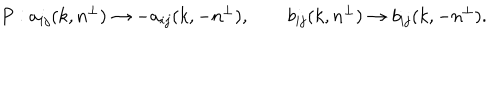
P : a _ { i j } ( k , n ^ { \perp } ) \rightarrow - a _ { i j } ( k , - n ^ { \perp } ) , \qquad b _ { i j } ( k , n ^ { \perp } ) \rightarrow b _ { i j } ( k , - n ^ { \perp } ) .